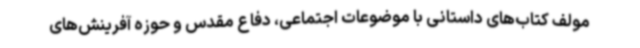
مولف کتاب‌های داستانی با موضوعات اجتماعی، دفاع مقدس و حوزه آفرینش‌های